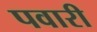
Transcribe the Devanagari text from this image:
पवारी